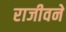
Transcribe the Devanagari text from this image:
राजीवने